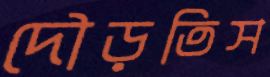
দৌড়তিস